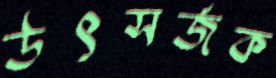
উৎসর্জক